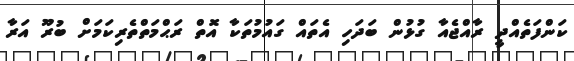
ކަންފަތެއްދީ ރާއްޖެއާ ގުޅުން ބަދަހި އެތައް ގައުމުތަކާ އޮތް ރަޙްމަތްތެރިކަމަށް ބުރޫ އަރާ